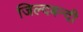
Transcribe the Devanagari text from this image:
जिल्दबन्दी